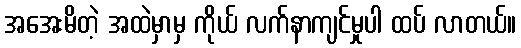
အအေးမိတဲ့ အထဲမှာမှ ကိုယ် လက်နာကျင်မှုပါ ထပ် လာတယ်။